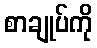
စာချုပ်ကို